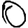
Digit: 0